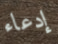
إدعاء